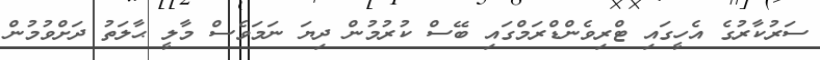
ސަރުކާރުގެ އެހީގައި ޓްރިވެންޑްރަމްގައި ބޭސް ކުރުމުން ދިޔަ ނަމަވެސް މާލީ ޙާލަތު ދަށްވުމުން